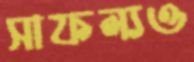
সাফল্যও